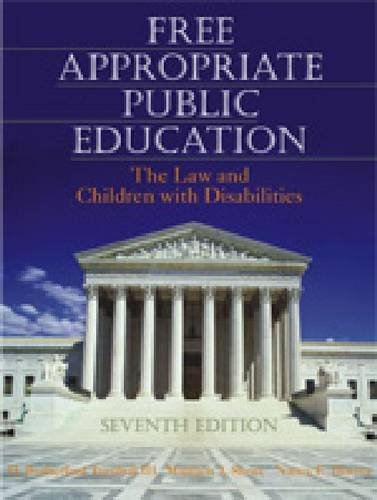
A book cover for Free Appropriate Public Education: The Law and Children With Disabilities; H. Rutherford Turnbull; Law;